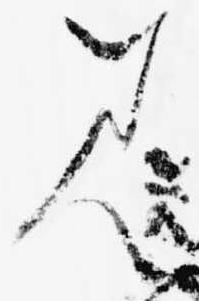
見